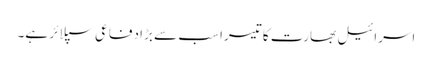
اسرائیل بھارت کا تیسرا سب سے بڑا دفاعی سپلائر ہے۔